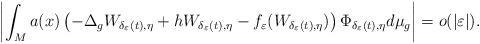
LaTeX: \begin{align*}\left|\int_{M}a(x)\left(-\Delta_{g}W_{\delta_{\varepsilon}(t),\eta}+hW_{\delta_{\varepsilon}(t),\eta}-f_{\varepsilon}(W_{\delta_{\varepsilon}(t),\eta})\right)\Phi_{\delta_{\varepsilon}(t),\eta}d\mu_{g}\right|=o(|\varepsilon|).\end{align*}